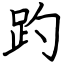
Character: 趵